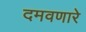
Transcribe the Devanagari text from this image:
दमवणारे